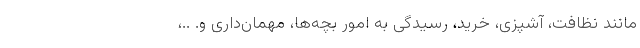
مانند نظافت، آشپزی، خرید، رسیدگی به امور بچه‌ها، مهمان‌داری و. ..،